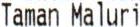
TAMAN MALURI